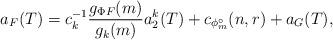
LaTeX: \begin{align*} a_F(T) =c^{-1}_k \frac{g_{\Phi F}(m)}{g_k(m)} a_2^k (T) + c_{\phi^\circ_m}(n,r) + a_G(T),\end{align*}